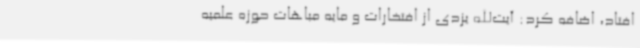
افتاد، اضافه کرد: آیت‌الله یزدی از افتخارات و مایه مباهات حوزه علمیه